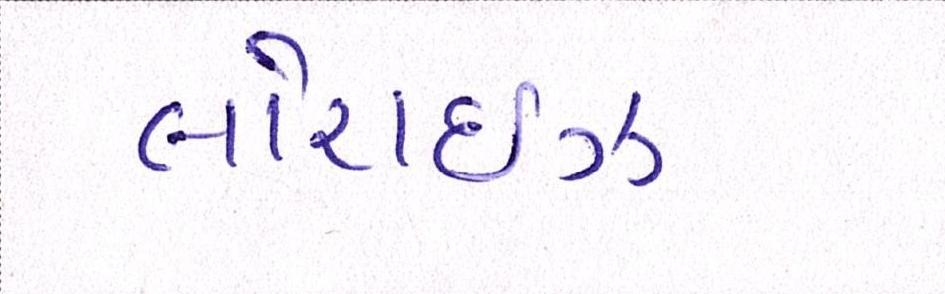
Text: લોરાઈઝ